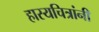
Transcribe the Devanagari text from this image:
हास्यचित्रांनी